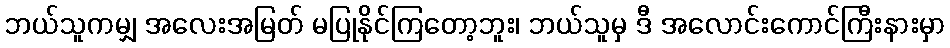
ဘယ်သူကမျှ အလေးအမြတ် မပြုနိုင်ကြတော့ဘူး၊ ဘယ်သူမှ ဒီ အလောင်းကောင်ကြီးနားမှာ